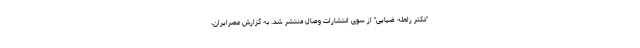
"دکتر راهله ضیایی" از سوی انتشارات وصال منتشر شد. به گزارش عصرایران،